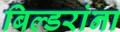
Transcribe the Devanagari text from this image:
बिल्डरांना